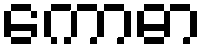
ကောဓာ